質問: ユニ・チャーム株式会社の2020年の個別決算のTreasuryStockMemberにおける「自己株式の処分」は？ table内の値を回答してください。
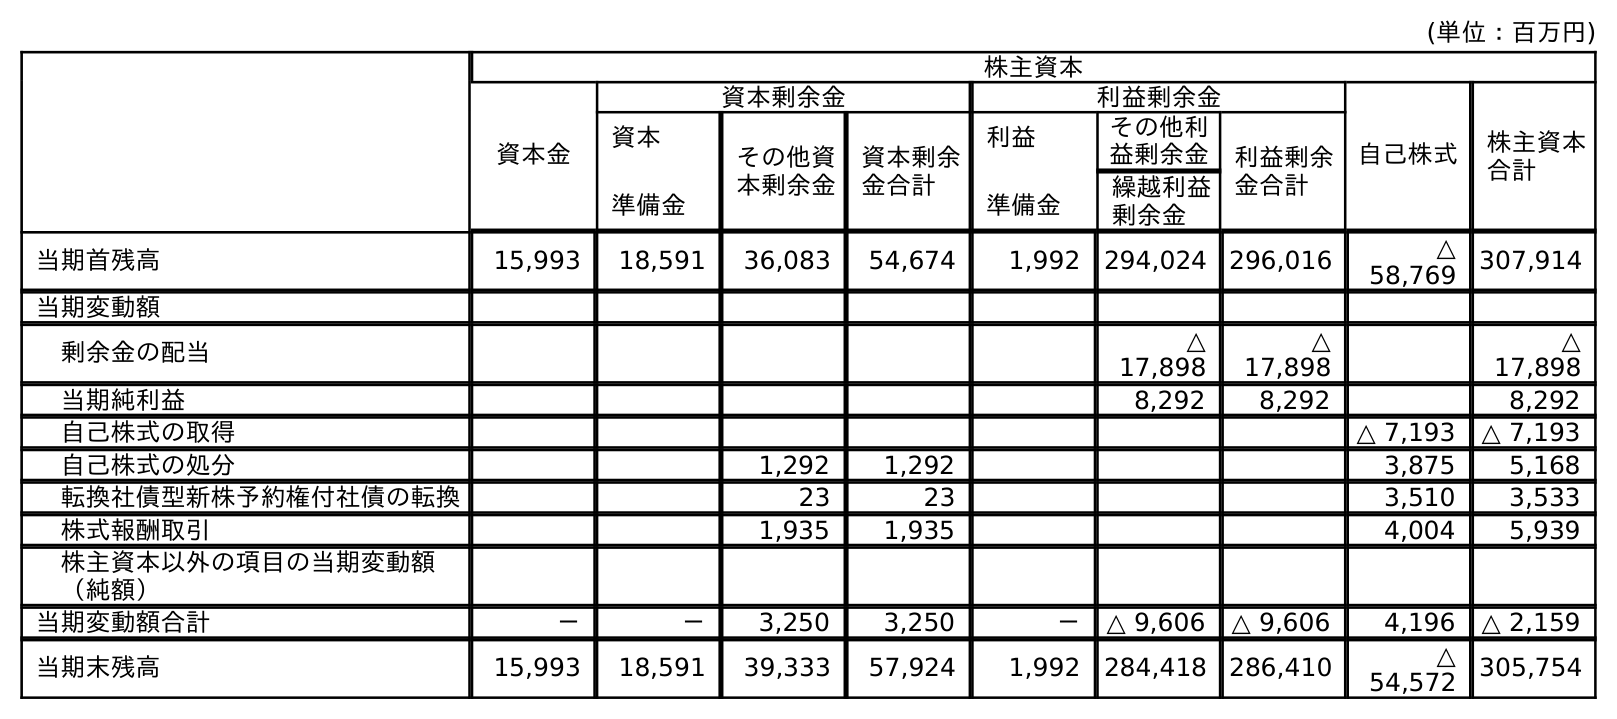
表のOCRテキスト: (単位：百万円) 株主資本 資本金 資本剰余金 利益剰余金 自己株式 株主資本 合計 資本 準備金 その他資 本剰余金 資本剰余 金合計 利益 準備金 その他利 益剰余金 利益剰余 金合計 繰越利益 剰余金 当期首残高 15,993 18,591 36,083 54,674 1,992 294,024 296,016 △ 58,769 307,914 当期変動額 剰余金の配当 △ 17,898 △ 17,898 △ 17,898 当期純利益 8,292 8,292 8,292 自己株式の取得 △ 7,193 △ 7,193 自己株式の処分 1,292 1,292 3,875 5,168 転換社債型新株予約権付社債の転換 23 23 3,510 3,533 株式報酬取引 1,935 1,935 4,004 5,939 株主資本以外の項目の当期変動額 （純額） 当期変動額合計 － － 3,250 3,250 － △ 9,606 △ 9,606 4,196 △ 2,159 当期末残高 15,993 18,591 39,333 57,924 1,992 284,418 286,410 △ 54,572 305,754
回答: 3,875